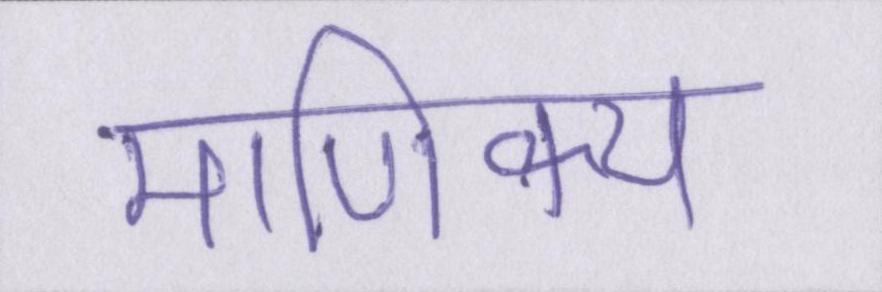
माणिक्य